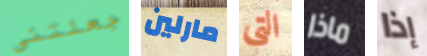
جعلتني مارلين التي ماذا إذا